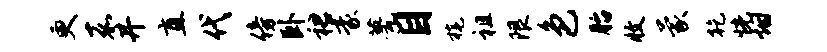
更嘉井直代傍卧裙豪甍目旄祖限色胎收蒙乾恍烟